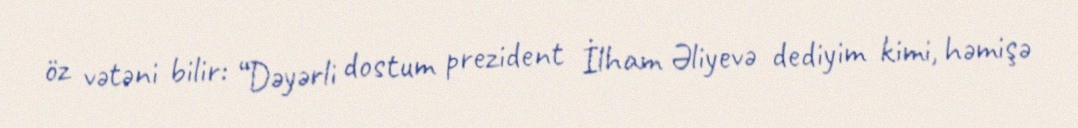
öz vətəni bilir: “Dəyərli dostum prezident İlham Əliyevə dediyim kimi, həmişə